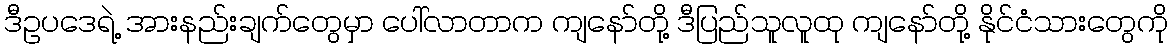
ဒီဥပဒေရဲ့ အားနည်းချက်တွေမှာ ပေါ်လာတာက ကျနော်တို့ ဒီပြည်သူလူထု ကျနော်တို့ နိုင်ငံသားတွေကို